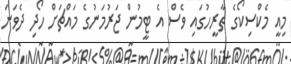
މިއީ މެކްސިކޯގެ ތާރީހުގައި ވެސް އެ ޓީމުން ޖަރުމަނުގެ މައްޗަށް ހޯދި ދެވަނަ